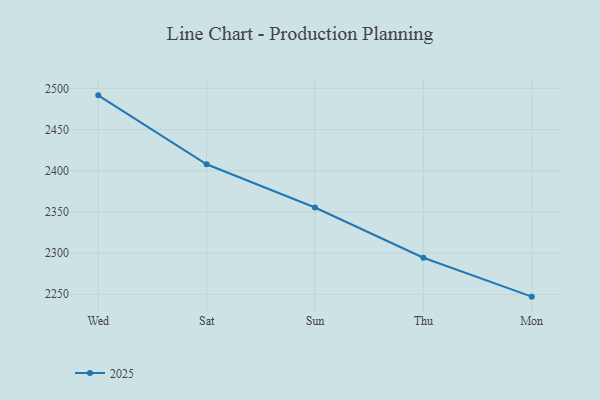
{"axis": {"x": "Day", "y": "Budget (USD K)"}, "legend": ["2025"], "data": [{"x": "Wed", "y": 2491.6, "type": "2025"}, {"x": "Sat", "y": 2407.9, "type": "2025"}, {"x": "Sun", "y": 2355.4, "type": "2025"}, {"x": "Thu", "y": 2294.4, "type": "2025"}, {"x": "Mon", "y": 2247.1, "type": "2025"}]}